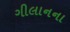
ગીલાનના